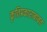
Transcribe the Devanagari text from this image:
कृतिप्रकाराबाबत